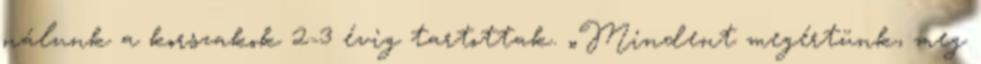
nálunk a korszakok 2-3 évig tartottak. „Mindent megértünk, meg